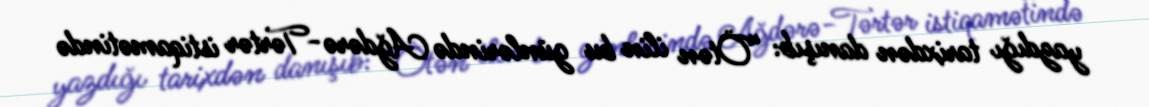
yazdığı tarixdən danışıb: “Ötən ilin bu günlərində Ağdərə-Tərtər istiqamətində